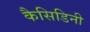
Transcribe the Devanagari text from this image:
कैसिडिनी